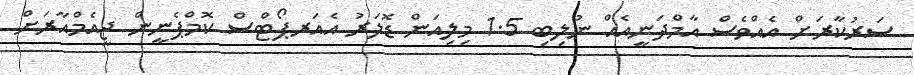
ސަރުކާރަށް އެއްވެސް އާމްދަނީއެއް ނުލިބި 1.5 މިލިއަން ޑޮލަރު އެއަރޕޯޓްސް ކޮމްޕެނީން ޖީއެމްއާރަށް